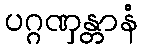
ပဂ္ဂဏှန္တာနံ